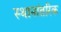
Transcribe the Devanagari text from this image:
स्थानांतरिक